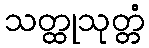
သတ္ထုသုတ္တံ